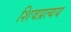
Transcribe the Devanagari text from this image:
शिवप्रत्यय